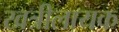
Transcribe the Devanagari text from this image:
खत्रीलायक